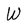
Character: W